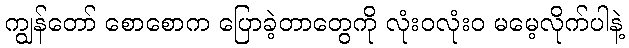
ကျွန်တော် စောစောက ပြောခဲ့တာတွေကို လုံးဝလုံးဝ မမေ့လိုက်ပါနဲ့